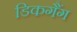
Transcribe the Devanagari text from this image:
डिकगैंग